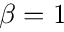
\beta = 1